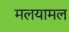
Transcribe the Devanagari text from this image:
मलयामल